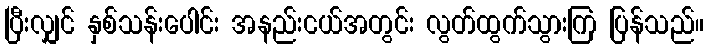
ပြီးလျှင် နှစ်သန်းပေါင်း အနည်းငယ်အတွင်း လွတ်ထွက်သွားကြ ပြန်သည်။